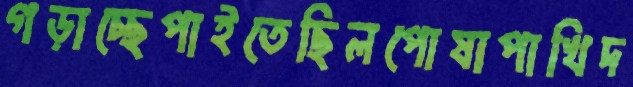
গড়াচ্ছেপাইতেছিলপোষাপাখিদ